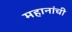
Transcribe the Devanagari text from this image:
महानांची